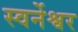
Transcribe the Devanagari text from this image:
स्वर्नेश्वर